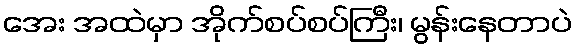
အေး အထဲမှာ အိုက်စပ်စပ်ကြီး၊ မွန်းနေတာပဲ